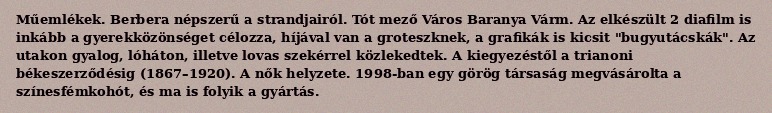
Műemlékek. Berbera népszerű a strandjairól. Tót mező Város Baranya Várm. Az elkészült 2 diafilm is inkább a gyerekközönséget célozza, híjával van a groteszknek, a grafikák is kicsit "bugyutácskák". Az utakon gyalog, lóháton, illetve lovas szekérrel közlekedtek. A kiegyezéstől a trianoni békeszerződésig (1867–1920). A nők helyzete. 1998-ban egy görög társaság megvásárolta a színesfémkohót, és ma is folyik a gyártás.